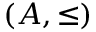
( A , { \leq } )